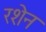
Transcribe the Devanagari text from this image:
रशेन